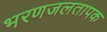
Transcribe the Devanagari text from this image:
भरणजलतापक